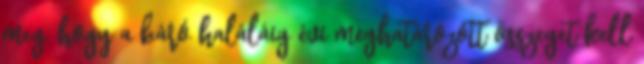
meg, hogy a báró haláláig évi meghatározott összeget kell